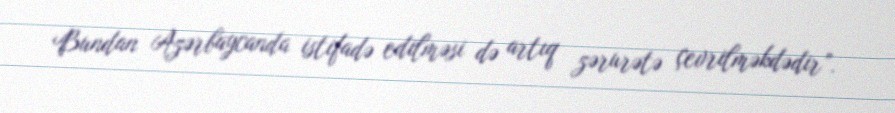
Bundan Azərbaycanda istifadə edilməsi də artıq zərurətə çevrilməkdədir”.